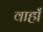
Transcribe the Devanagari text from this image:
वाहाँ